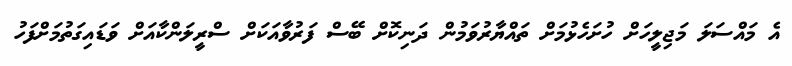
އެ މައްސަަލަ މަޖިލީހަށް ހުށަހެޅުމަށް ތައްޔާރުވަމުން ދަނިކޮށް ބޭސް ފަރުވާއަކަށް ސްރީލަންކާއަށް ވަޑައިގަތުމަށްފަހު